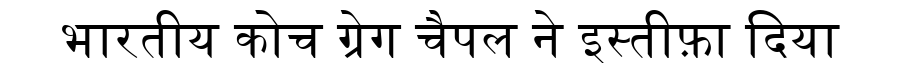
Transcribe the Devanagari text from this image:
भारतीय कोच ग्रेग चैपल ने इस्तीफ़ा दिया